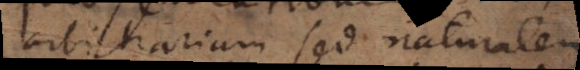
arbitrariam sed naturalem,